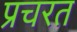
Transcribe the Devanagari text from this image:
प्रचरत